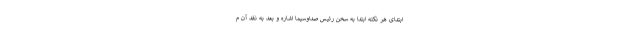
ابتدای هر نکته ابتدا به سخن رئیس صداوسیما اشاره و بعد به نقد آن م